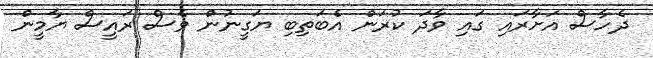
ދެހާސް އަށާރައި ގައި ވާދަ ކުރަން އެބަތިބި ޔަގީނުން ވެސް ރައީސް ޔާމީން